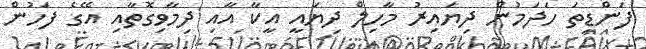
ފަންޑިތަ ހަދަމުން ދިޔައިރު މާހިލް ދިޔައީ އީކާ އާއި ދިމާވިގޮތާއި އޭގެ ފަހުން